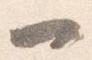
一